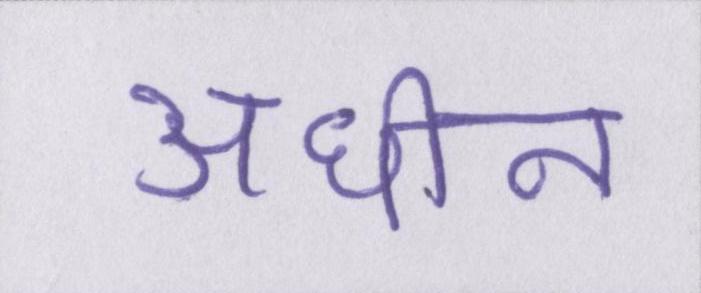
अधीन